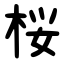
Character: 桜